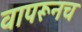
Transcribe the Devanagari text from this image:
वापरूनच